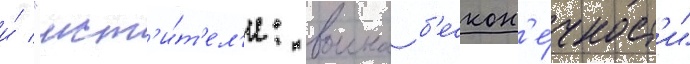
и́ "мст'и́т'ел'и: воина б'ескон'е́чност'и"